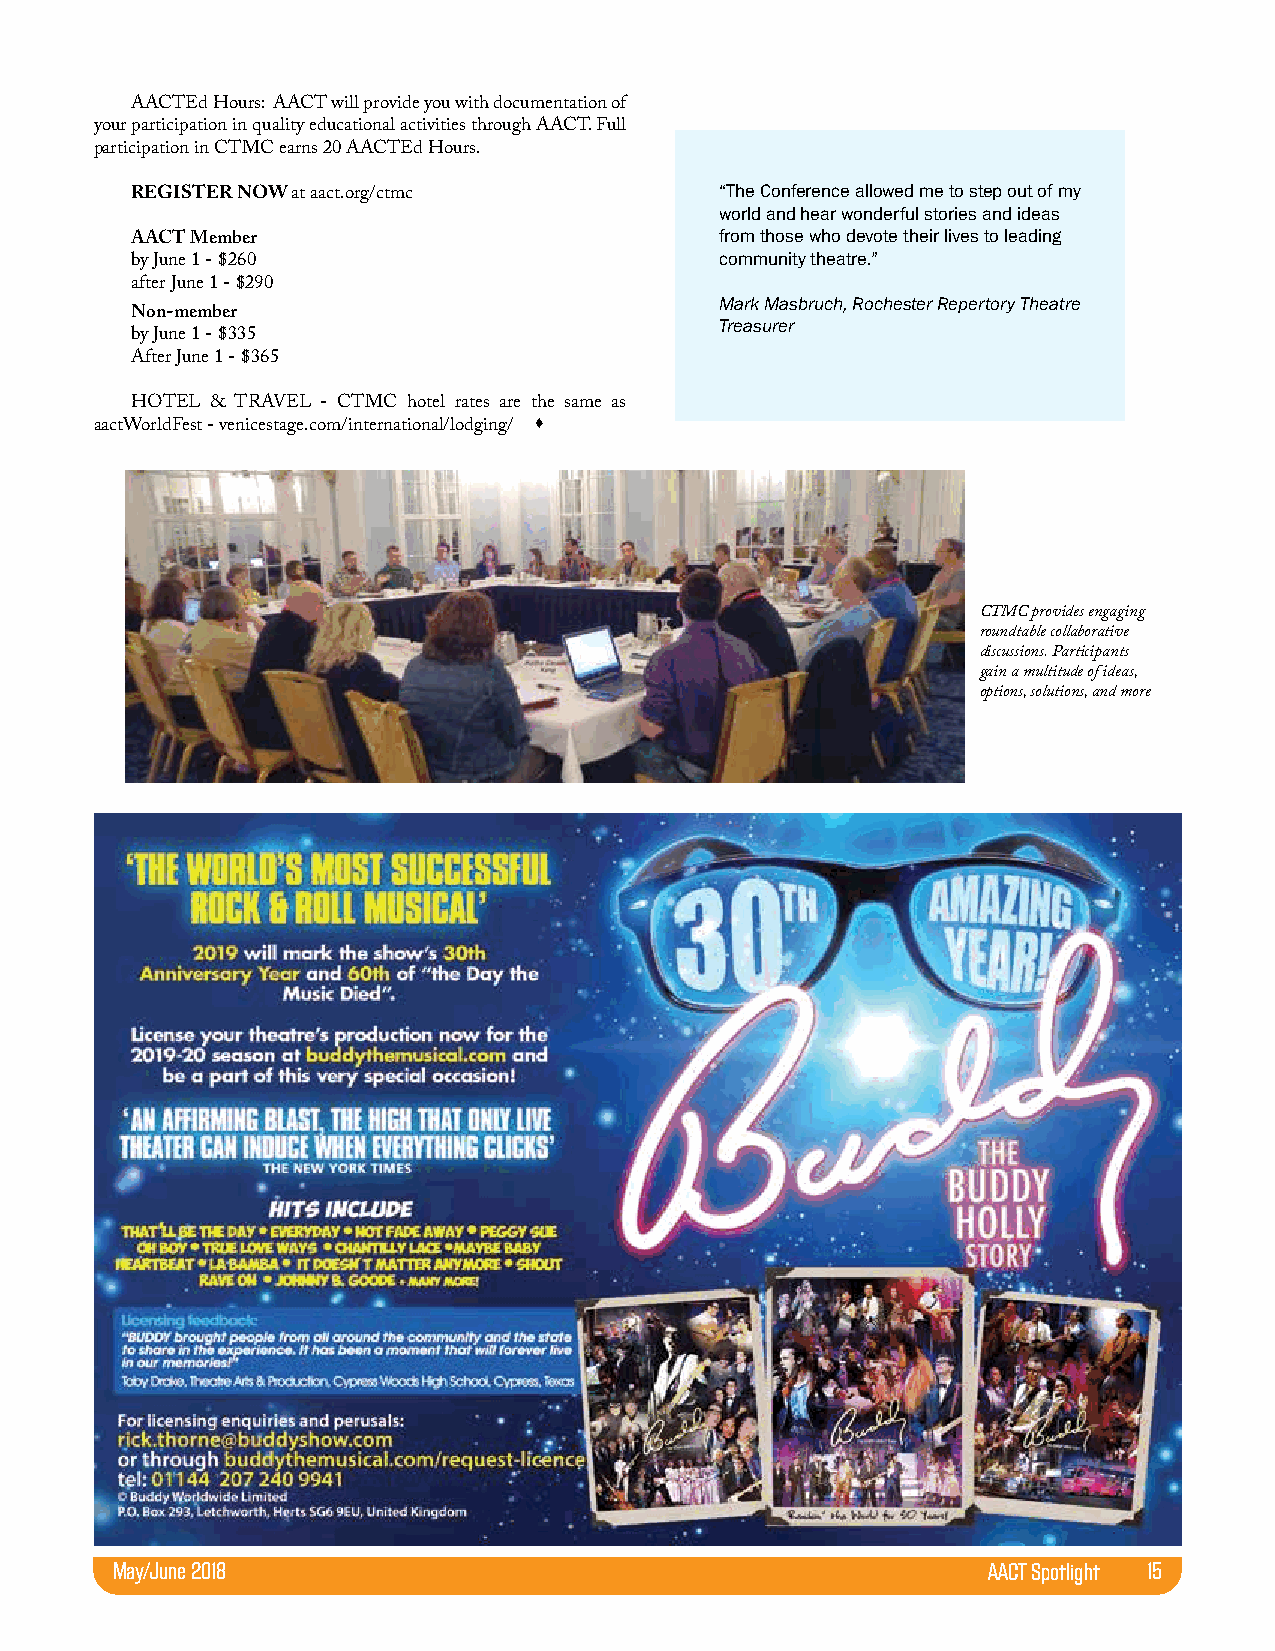
AACTEd Hours: AACT will provide you with documentation of
 your participation in quality educational activities through AACT. Full
 participation in CTMC earns 20 AACTEd Hours.
 “The Conference allowed me to step out of my
 REGISTER NOW at aact.org/ctmc
 world and hear wonderful stories and ideas
 from those who devote their lives to leading
 AACT Member
 community theatre.”
 by June 1 - $260
 after June 1 - $290
 Mark Masbruch, Rochester Repertory Theatre
 Non-member
 Treasurer
 by June 1 - $335
 After June 1 - $365
 HOTEL & TRAVEL - CTMC hotel rates are the same as
 
 aactWorldFest - venicestage.com/international/lodging/
 CTMC provides engaging
 roundtable collaborative
 discussions. Participants
 gain a multitude of ideas,
 options, solutions, and more
 May/June 2018                                             AACT Spotlight 15